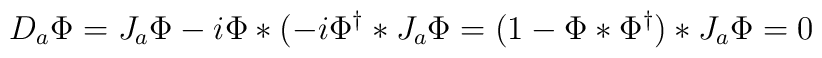
D_a\Phi=J_a\Phi-i\Phi*(-i\Phi^{\dag}*J_a\Phi=(1-\Phi*\Phi^{\dag})*J_a\Phi=0